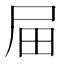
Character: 屇